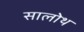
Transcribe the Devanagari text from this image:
सालोथ